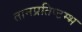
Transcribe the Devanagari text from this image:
तानप्रतिष्टम्भ